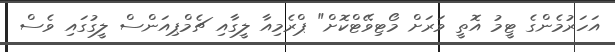
އަހަރުމެންގެ ޓީމު އޮތީ ވަރަށް މޯޓިވޭޓްކޮށް" ޕްރެމިއާ ލީގާއި ޗެމްޕިއަންސް ލީގުގައި ވެސް